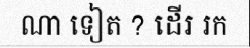
ណា ទៀត ? ដើរ រក